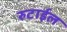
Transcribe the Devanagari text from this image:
रुटाईल